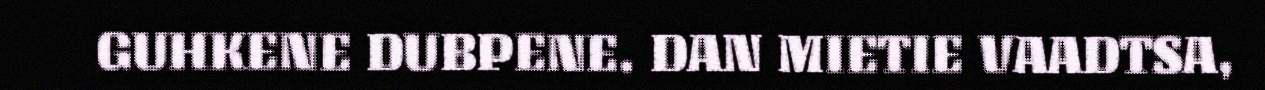
GUHKENE DUBPENE. DAN MIETIE VAADTSA,